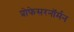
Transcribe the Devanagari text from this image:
प्रोफेसरनॉर्मन